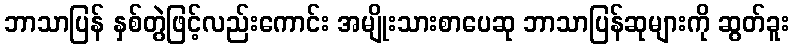
ဘာသာပြန် နှစ်တွဲဖြင့်လည်းကောင်း အမျိုးသားစာပေဆု ဘာသာပြန်ဆုများကို ဆွတ်ခူး